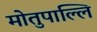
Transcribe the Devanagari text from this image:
मोतुपाल्लि